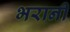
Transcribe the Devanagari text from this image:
भरानी